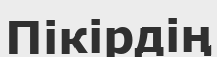
Пікірдің